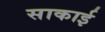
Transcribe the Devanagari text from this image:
साकाई